Civil Veterinary Dept. North-West Frontier Province 1933-46 - 1933-1946
Year: 1933
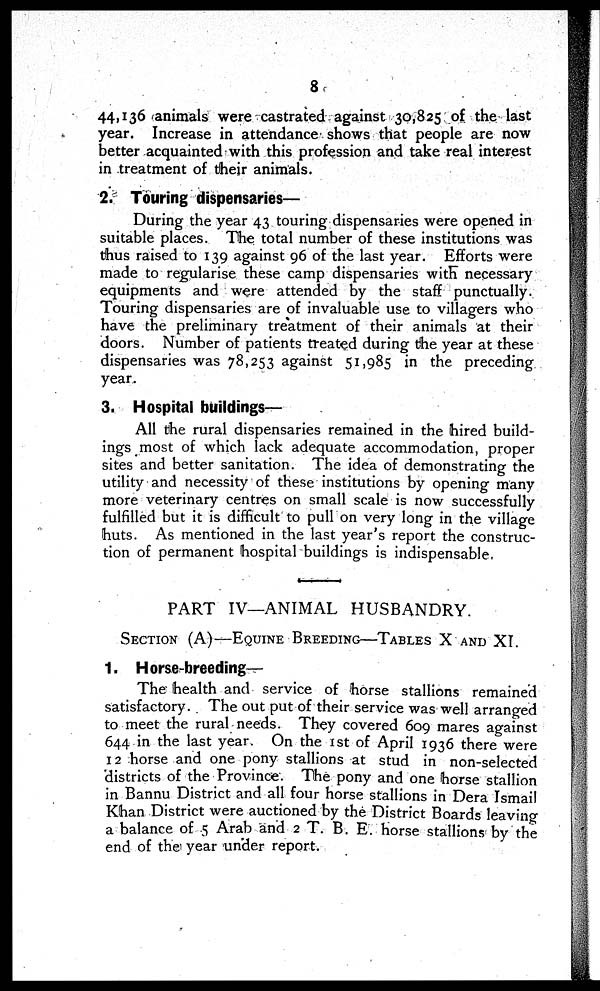
8
44, 136 animals were castrated against 30,825 of the last
year. Increase in attendance shows that people are now
better acquainted with this profession and take real interest
in treatment of their animals.
2. Touring dispensaries—
During the year 43 touring dispensaries were opened in
suitable places. The total number of these institutions was
thus raised to 139 against 96 of the last year. Efforts were
made to regularise these camp dispensaries with necessary
equipments and were attended by the staff punctually.
Touring dispensaries are of invaluable use to villagers who
have the preliminary treatment of their animals at their
doors. Number of patients treated during the year at these
dispensaries was 78,253 against 51,985 in the preceding
year.
3. Hospital buildings—
All the rural dispensaries remained in the hired build-
ings most of which lack adequate accommodation, proper
sites and better sanitation. The idea of demonstrating the
utility and necessity of these institutions by opening many
more veterinary centres on small scale is now successfully
fulfilled but it is difficult to pull on very long in the village
huts. As mentioned in the last year's report the construc-
tion of permanent hospital buildings is indispensable,
PART IV—ANIMAL HUSBANDRY.
SECTION (A)—EQUINE BREEDING—TABLES X AND XI.
1. Horse-breeding-
The health and service of horse stallions remained
satisfactory. The out put of their service was well arranged
to meet the rural needs. They covered 609 mares against
644 in the last year. On the 1st of April 1936 there were
12 horse and one pony stallions at stud in non-selected
districts of the Province. The pony and one horse stallion
in Bannu District and all four horse stallions in Dera Ismail
Khan District were auctioned by the District Boards leaving
a balance of 5 Arab and 2 T. B. E. horse stallions by the
end of the year under report.